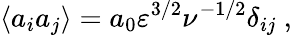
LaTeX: \langle a_{i}a_{j}\rangle=a_{0}\varepsilon^{3/2}\nu^{-1/2}\delta_{ij}\ ,